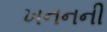
ખનનની